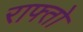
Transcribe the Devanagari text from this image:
राफ्तो